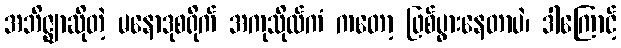
အဘိဇ္ဈာဆိုတဲ့ မနောဒုစရိုက် အကုသိုလ်ကံ ကတော့ ဖြစ်ပွားနေတာပဲ၊ ဒါကြောင့်